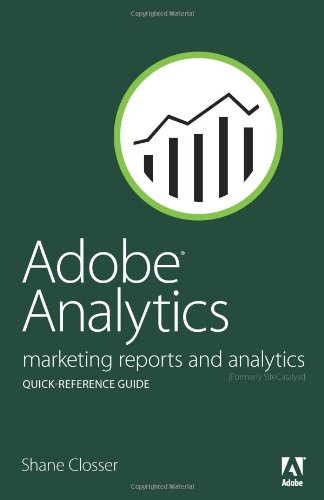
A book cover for Adobe Analytics Quick-Reference Guide: Market Reports and Analytics (formerly SiteCatalyst); Shane Closser; Computers & Technology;